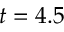
t = 4 . 5